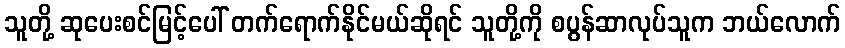
သူတို့ ဆုပေးစင်မြင့်ပေါ် တက်ရောက်နိုင်မယ်ဆိုရင် သူတို့ကို စပွန်ဆာလုပ်သူက ဘယ်လောက်